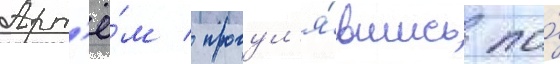
Арт'ё́м / прогул'я́вшись по́